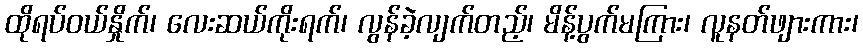
ထိုရပ်ဝယ်နှိုက်၊ လေးဆယ်ကိုးရက်၊ လွန်ခဲ့လျက်တည့်၊ မိန့်ပွက်မကြား၊ လူနတ်ဖျားကား၊